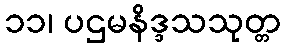
၁၁၊ ပဌမနိဒ္ဒသသုတ္တ